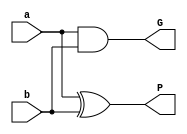
module prop_gen(input a, b,
                output P, G);

        xor (P, a, b);
        and (G, a, b);
        
endmodule